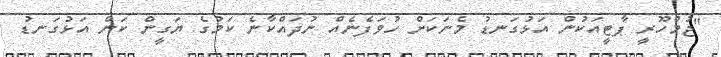
"ޖުމްހޫރީ ޕާޓީއަކުން އަޅުގަނޑު މެނަކަށް ހުވަފެނެއް ނުދައްކާނެ ކަމުގެ ޔަގީން ކަން އަޅުގަނޑު